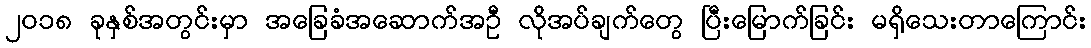
၂၀၁၈ ခုနှစ်အတွင်းမှာ အခြေခံအဆောက်အဦ လိုအပ်ချက်တွေ ပြီးမြောက်ခြင်း မရှိသေးတာကြောင်း